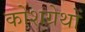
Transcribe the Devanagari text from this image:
कोशग्रेथों